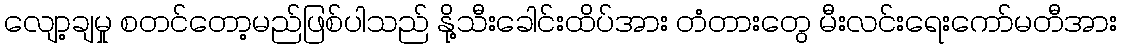
လျော့ချမှု စတင်တော့မည်ဖြစ်ပါသည် နို့သီးခေါင်းထိပ်အား တံတားတွေ မီးလင်းရေးကော်မတီအား